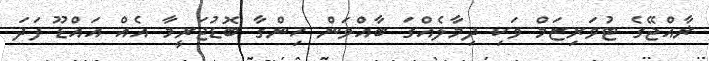
ޜާއްޖޭގެ ޓުވަރިޒަމް ވަކި ދިމާލެއްގަ ބާއްވަން ހިންގާ ބޮޑުޖަރީމާ އެއް އައްޑޫ ފަދަ